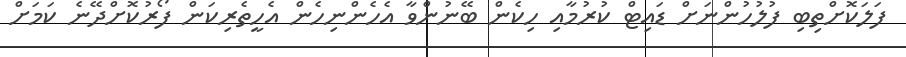
ފަލަކޮށްތިބި ފުލުހުންނަށް ޑައިޓް ކުރުމާއި ހިކެން ބޭނުންވާ އެހެންނިހެން އެހީތެރިކަން ފޯރުކޮށްދޭނެ ކަމަށް